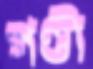
গণ্ডী